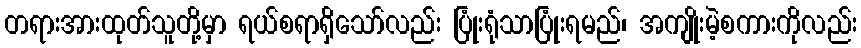
တရားအားထုတ်သူတို့မှာ ရယ်စရာရှိသော်လည်း ပြုံးရုံသာပြုံးရမည်၊ အကျိုးမဲ့စကားကိုလည်း